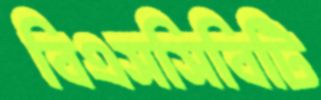
বিএসসিবিটি